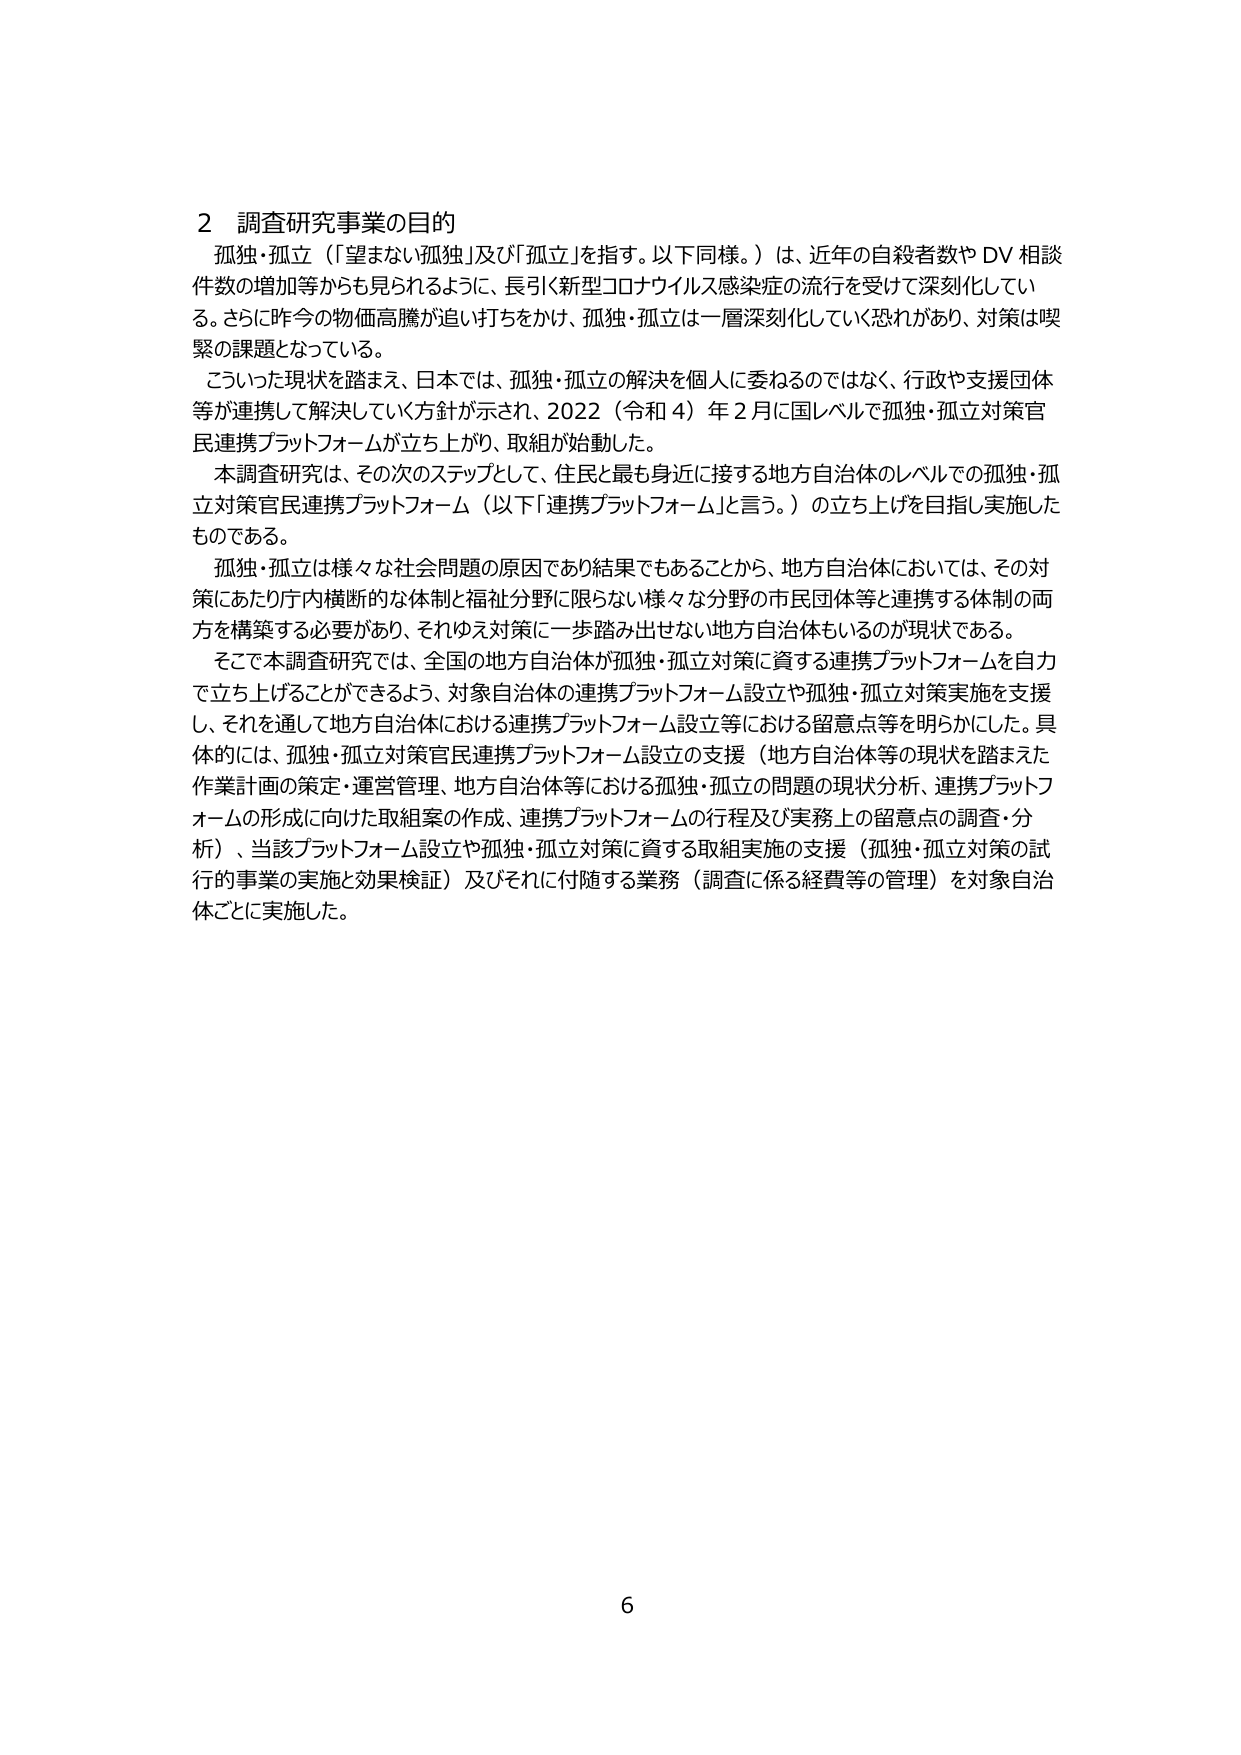
2 調査研究事業の目的
孤独・孤立（「望まない孤独」及び「孤立」を指す。以下同様。）は、近年の自殺者数やDV相談件数の増加等からも見られるように、長引く新型コロナウイルス感染症の流行を受けて深刻化している。さらに昨今の物価高騰が追い打ちをかけ、孤独・孤立は一層深刻化していく恐れがあり、対策は喫緊の課題となっている。

こうした現状を踏まえ、日本では、孤独・孤立の解決を個人に委ねるのではなく、行政や支援団体等が連携して解決していく方針が示され、2022（令和4）年2月に国レベルで孤独・孤立対策官民連携プラットフォームが立ち上がり、取組が始動した。

本調査研究は、その次のステップとして、住民と最も身近に接する地方自治体のレベルでの孤独・孤立対策官民連携プラットフォーム（以下「連携プラットフォーム」と言う。）の立ち上げを目指し実施したものである。

孤独・孤立は様々な社会問題の原因であり結果でもあることから、地方自治体においては、その対策にあたり庁内横断的な体制と福祉分野に限らない様々な分野の市民団体等と連携する体制の両方を構築する必要があり、それゆえ対策に一歩踏み出せない地方自治体もいるのが現状である。

そこで本調査研究では、全国の地方自治体が孤独・孤立対策に資する連携プラットフォームを自力で立ち上げることができるよう、対象自治体の連携プラットフォーム設立や孤独・孤立対策実施を支援し、それを通して地方自治体における連携プラットフォーム設立等における留意点等を明らかにした。具体的には、孤独・孤立対策官民連携プラットフォーム設立の支援（地方自治体等の現状を踏まえた作業計画の策定・運営管理、地方自治体等における孤独・孤立の問題の現状分析、連携プラットフォームの形成に向けた取組案の作成、連携プラットフォームの行程及び実務上の留意点の調査・分析）、当該プラットフォーム設立や孤独・孤立対策に資する取組実施の支援（孤独・孤立対策の試行的事業の実施と効果検証）及びそれに付随する業務（調査に係る経費等の管理）を対象自治体ごとに実施した。

6